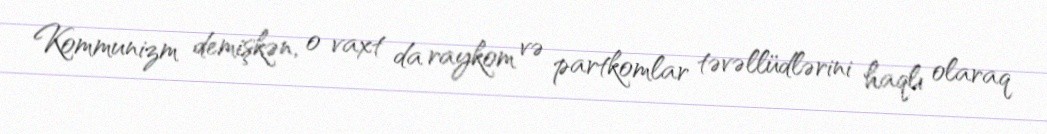
Kommunizm demişkən, o vaxt da raykom və partkomlar təvəllüdlərini haqlı olaraq